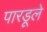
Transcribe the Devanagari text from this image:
पारडूले